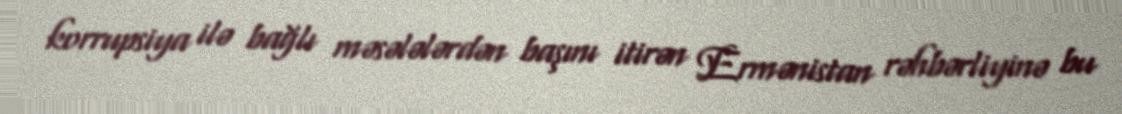
korrupsiya ilə bağlı məsələlərdən başını itirən Ermənistan rəhbərliyinə bu